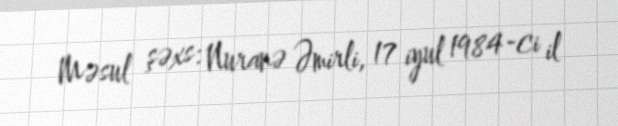
Məsul şəxs: Nuranə Əmirli, 17 iyul 1984-ci il